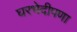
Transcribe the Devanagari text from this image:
घरभेदीपणा